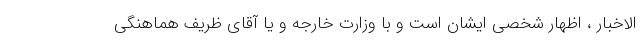
الاخبار ، اظهار شخصی ایشان است و با وزارت خارجه و یا آقای ظریف هماهنگی